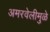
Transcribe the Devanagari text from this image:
अमरवेलीमुळे